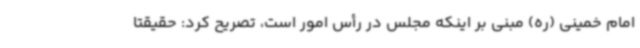
امام خمینی (ره) مبنی بر اینکه مجلس در رأس امور است، تصریح کرد: حقیقتاً